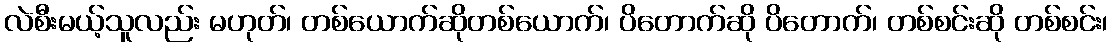
လဲစီးမယ့်သူလည်း မဟုတ်၊ တစ်ယောက်ဆိုတစ်ယောက်၊ ပိတောက်ဆို ပိတောက်၊ တစ်စင်းဆို တစ်စင်း၊